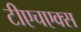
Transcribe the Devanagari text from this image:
टीएचएक्स